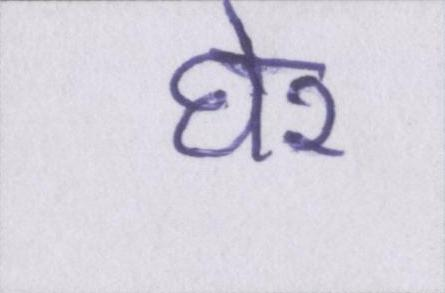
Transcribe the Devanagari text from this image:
घेर